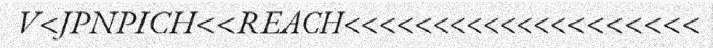
V<JPNPICH<<REACH<<<<<<<<<<<<<<<<<<<<